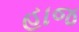
હાજ